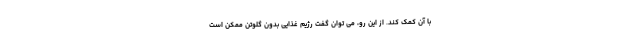
با آن کمک کند. از این رو، می توان گفت رژیم غذایی بدون گلوتن ممکن است